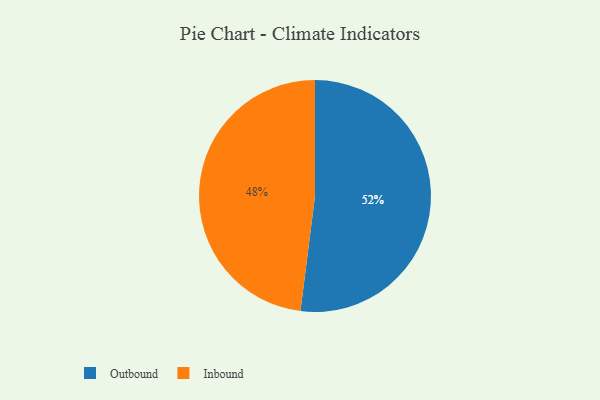
{"axis": {"x": "Category", "y": "Percentage"}, "legend": ["Inbound", "Outbound"], "data": [{"x": "Inbound", "y": 48, "type": "Inbound"}, {"x": "Outbound", "y": 52, "type": "Outbound"}]}